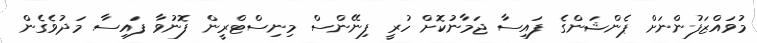
މުވައްޒަފުންނަށް ޕެންޝަންގެ ފައިސާ ޖަމާނުކޮށް ހުރީ ފިނޭންސް މިނިސްޓްރީން ފޮނުވާ ފައިސާ މަދުވެގެން